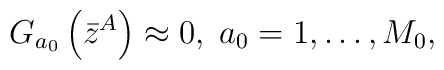
G_{a_{0}}\left( \bar{z}^{A}\right) \approx 0,\;a_{0}=1,\ldots ,M_{0},